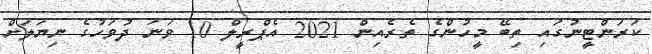
ކަރަންޓީނުގައި ތިބޭ މީހުންގެ ތެރެއިން 2021 އެޕްރީލް 10 ވަނަ ދުވަހުގެ ނިޔަލަށް